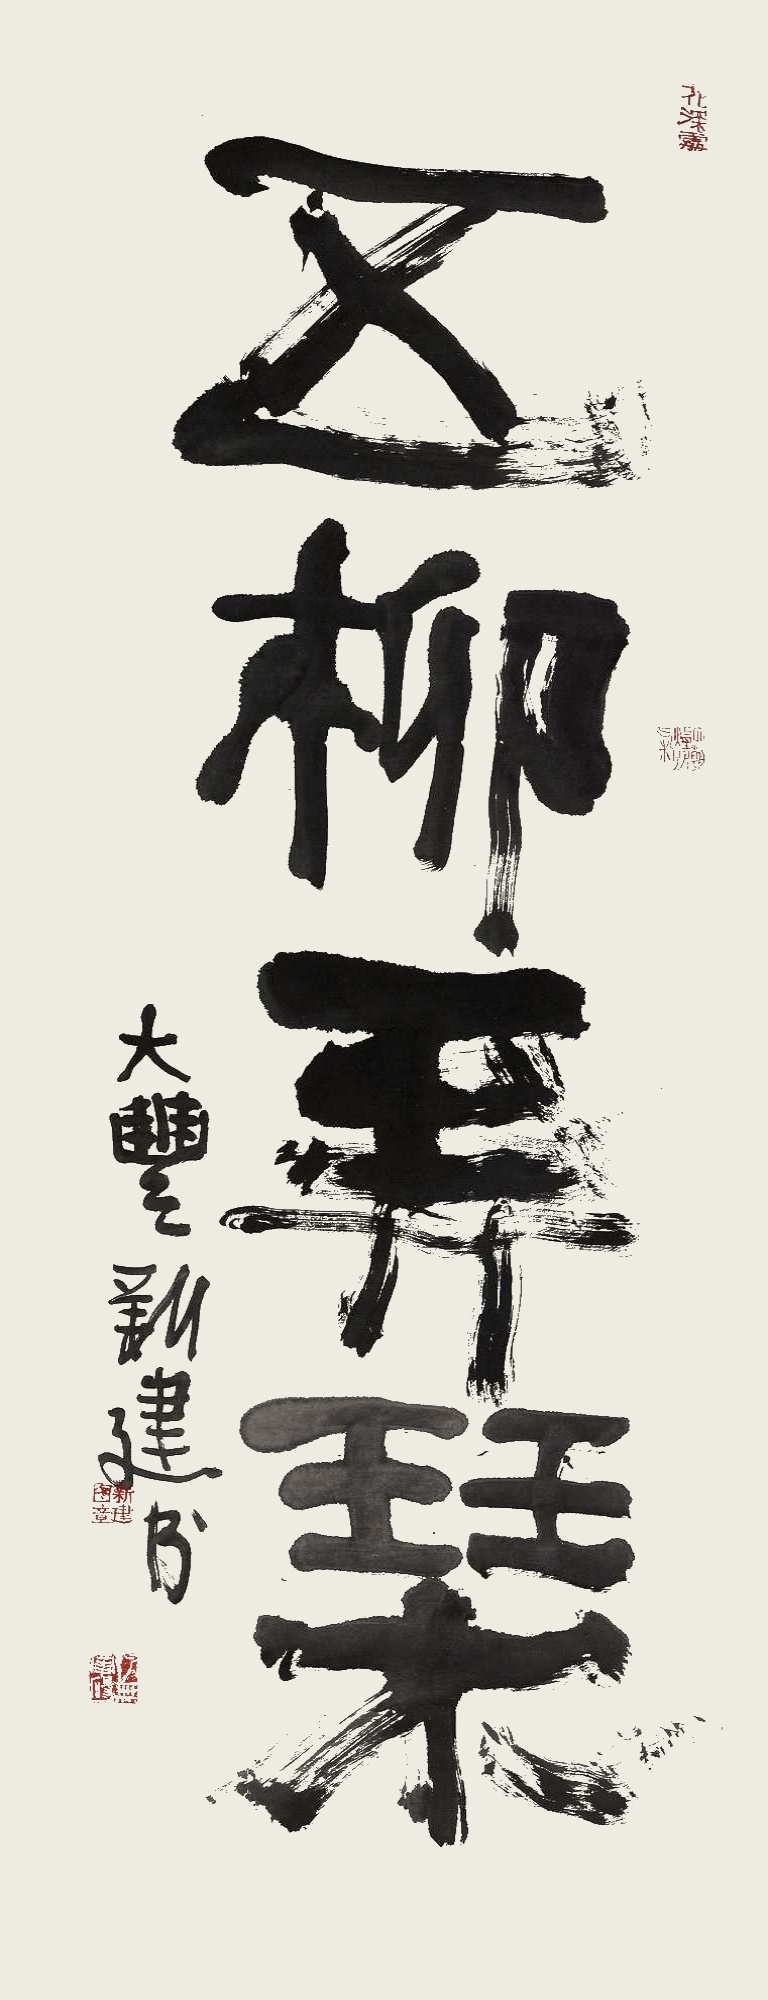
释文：五柳弄琴大丰新建书。